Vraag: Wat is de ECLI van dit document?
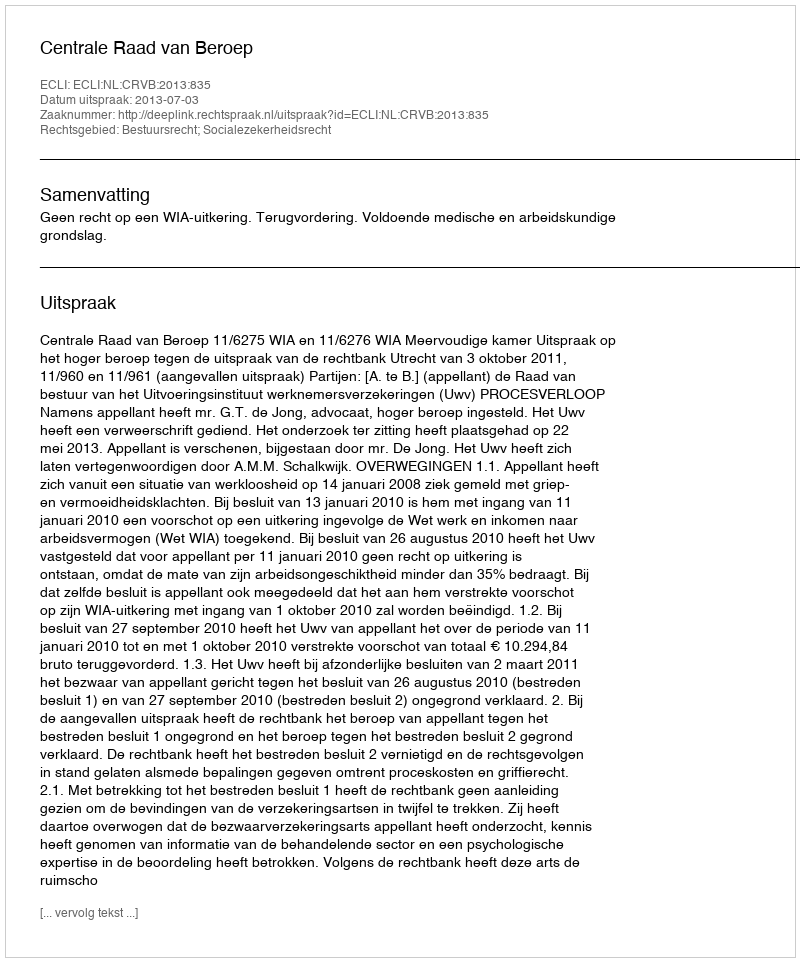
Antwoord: ECLI:NL:CRVB:2013:835